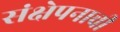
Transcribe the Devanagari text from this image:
संक्षेपनाची